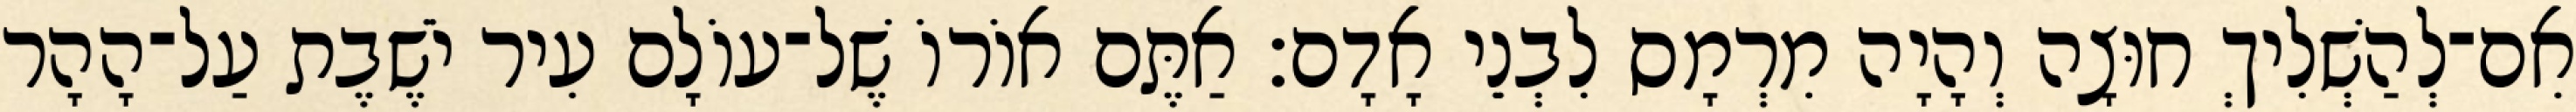
אִם־לְהַשְׁלִיךְ חוּצָה וְהָיָה מִרְמָס לִבְנֵי אָדָם׃ אַתֶּם אוֹרוֹ שֶׁל־עוֹלָם עִיר יֹשֶׁבֶת עַל־הָהָר